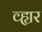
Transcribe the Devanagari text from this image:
व्ह्यर